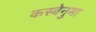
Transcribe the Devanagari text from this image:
कस्बेनुमा